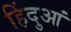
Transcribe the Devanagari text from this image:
हिंदुआं